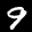
Label: 9